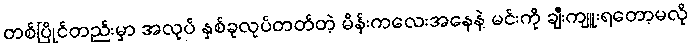
တစ်ပြိုင်တည်းမှာ အလုပ် နှစ်ခုလုပ်တတ်တဲ့ မိန်းကလေးအနေနဲ့ မင်းကို ချီးကျူးရတော့မလို